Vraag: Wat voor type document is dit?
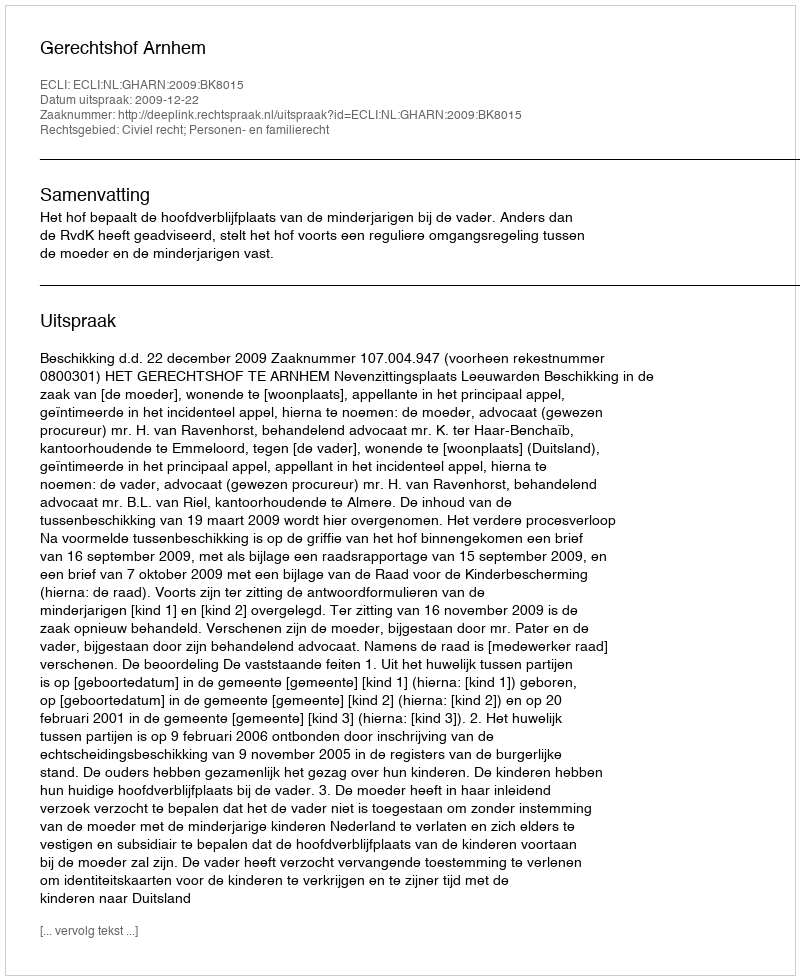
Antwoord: Uitspraak